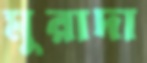
মুরাদা